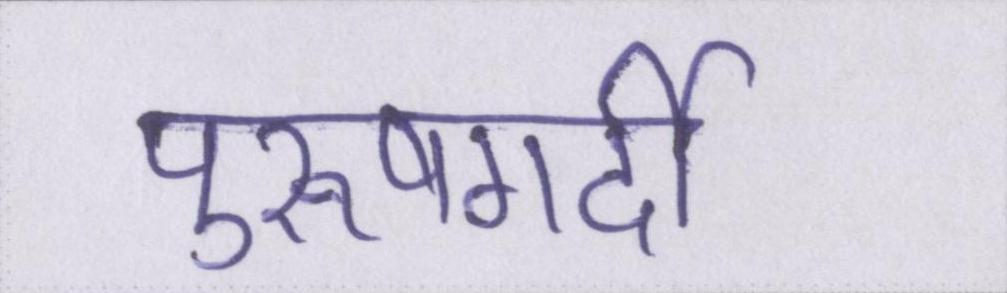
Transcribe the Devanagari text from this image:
पुरूषगर्दी